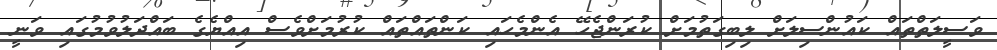
ވަސީލަތްތައް ކައުންސިލަށް ލިބިގަތުމަށް ކުރަންޖެހޭ އެންމެހައި ކަންތައްތައް ކުރުމަށްވެސް އިއްޔެގެ ބައްދަލުވުމުގައި ވަނީ